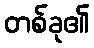
တစ်ခု၏